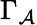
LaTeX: \Gamma_{\mathcal{A}}